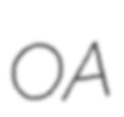
OA